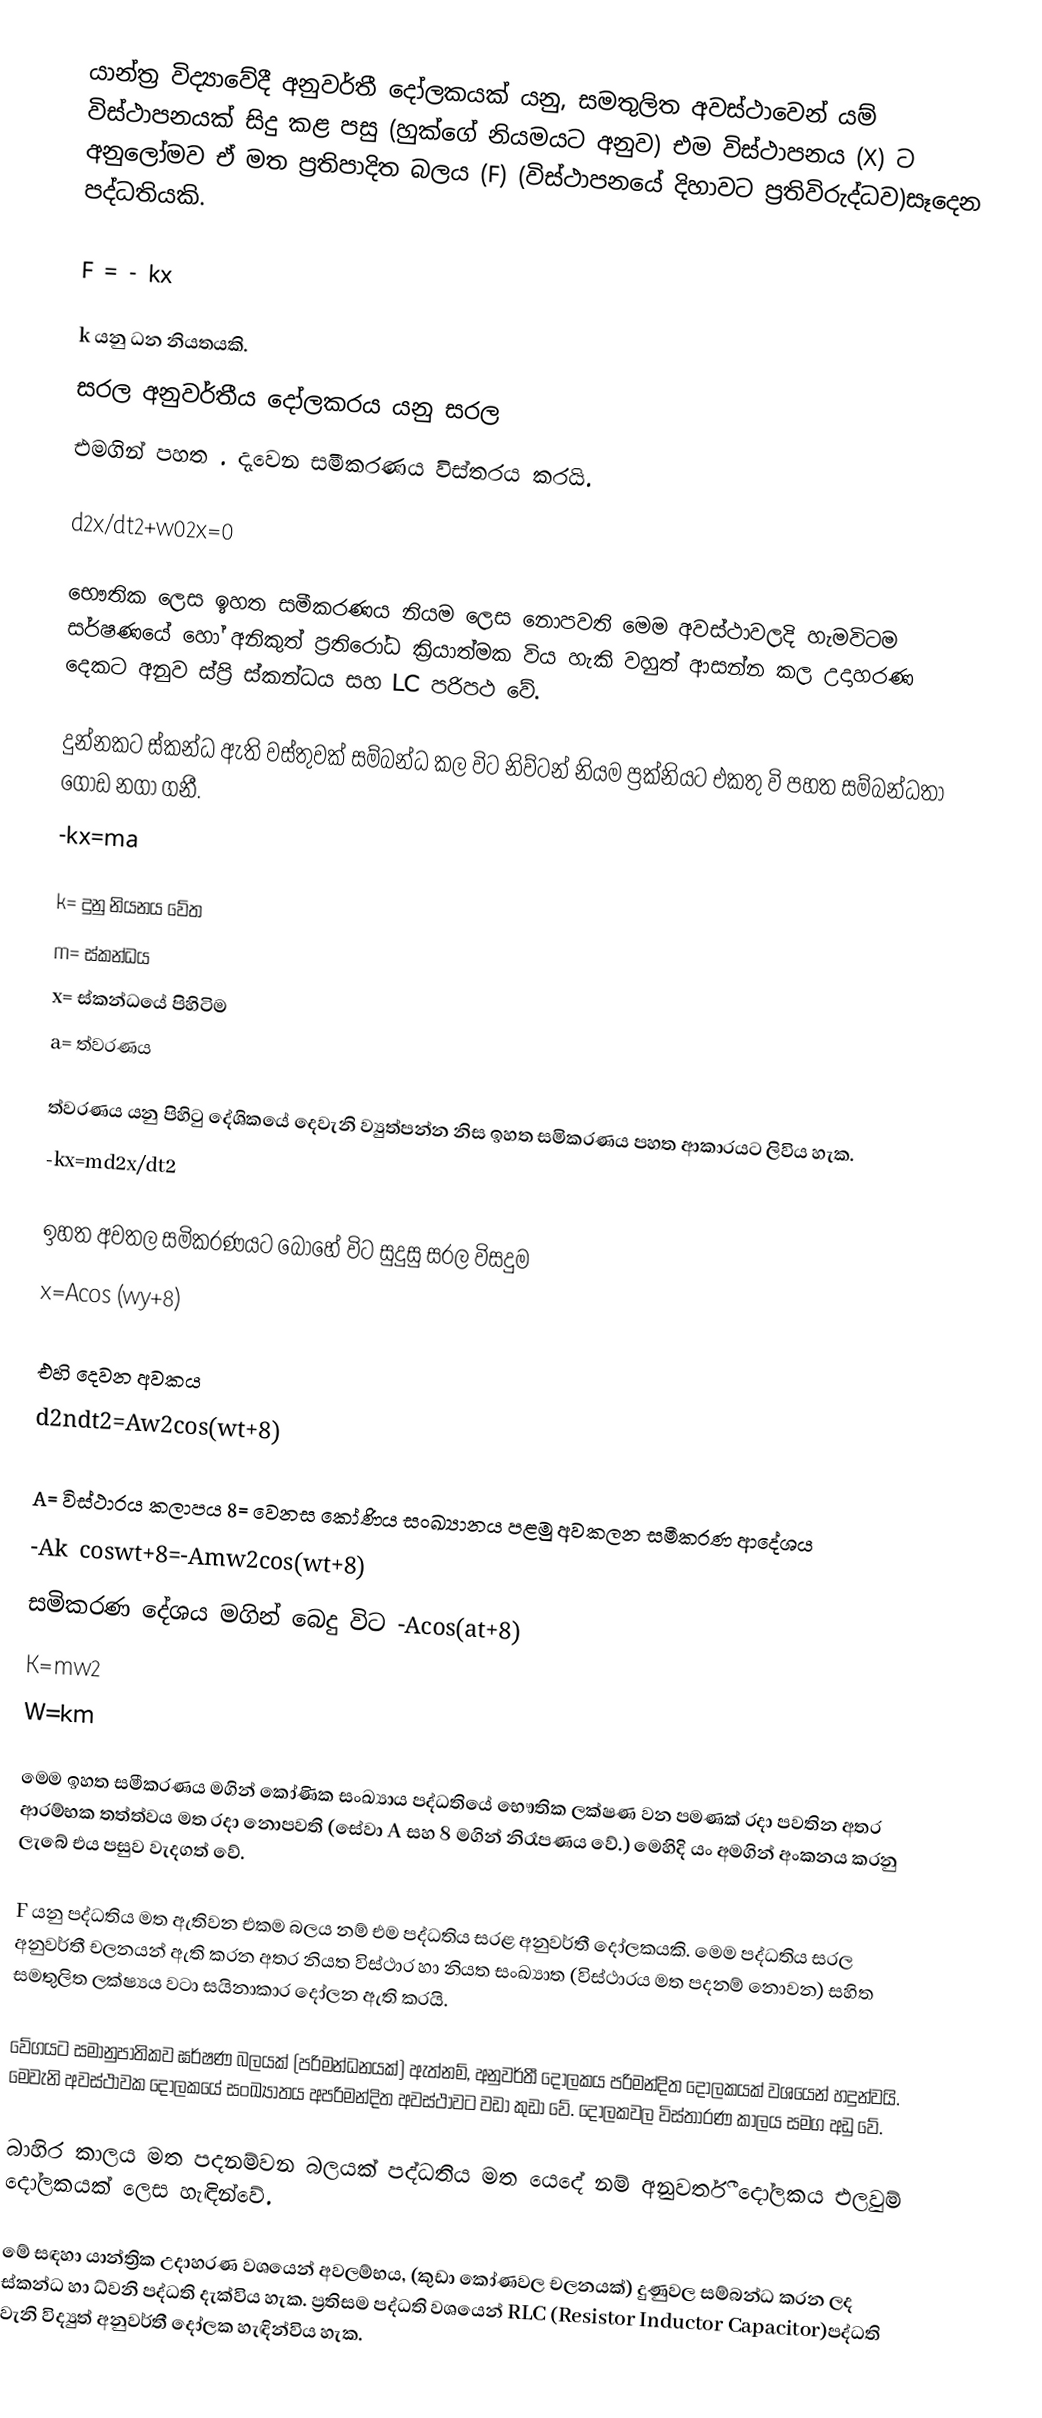
යාන්ත්‍ර ‍විද්‍යාවේදී  අනුවර්තී දෝලකයක් යනු, සමතුලිත අවස්ථාවෙන් යම් විස්ථාපනයක් සිදු කළ පසු (හුක්ගේ නියමයට අනුව) එම විස්ථාපනය (X) ට අනුලෝමව ඒ මත ප්‍රතිපාදිත බලය (F) (විස්ථාපනයේ දිහාවට ප්‍රතිවිරුද්ධව)සෑදෙන පද්ධතියකි.

F = - kx

k යනු ධන නියතයකි.
සරල අනුවර්තීය දෝලකරය යනු සරල
එමගින් පහත . දැවෙන සමීකරණය විස්තරය කරයි.

d2x/dt2+w02x=0

භෞතික ලෙස ඉහත සමීකරණය නියම ලෙස නොපවති මෙම අවස්ථාවලදි හැමවිටම සර්ෂණයේ හෝ අනිකුත් ප්‍රතිරෝධ ක්‍රියාත්මක විය හැකි වහුත් ආසන්න කල උදාහරණ දෙකට අනුව ස්ප්‍රි ස්කන්ධය සහ LC   පරිපථ වේ.

දුන්නකට ස්කන්ධ ඇති වස්තුවක් සම්බන්ධ කල විට නිව්ටන් නියම ප්‍රක්නියට එකතු වි පහත සම්බන්ධතා ගොඩ නගා ගනී.
-kx=ma

k=   දුනු නියනය වේත
m=   ස්කන්ධය
x=   ස්කන්ධයේ පිහිටිම
a=   ත්වරණය

ත්වරණය යනු   පිහිටු දේශිකයේ දෙවැනි ව්‍යුත්පන්න නිස ඉහත සමිකරණය පහත ආකාරයට ලිවිය හැක.
-kx=md2x/dt2

ඉහත අවතල සමිකරණයට බොහේ විට සුදුසු සරල විසදුම
x=Acos (wy+8)

එහි දෙවන අවකය
d2ndt2=Aw2cos⁡(wt+8)

A=   විස්ථාරය කලාපය 8=   වෙනස කෝණිය සංඛ්‍යානය පළමු අවකලන සමීකරණ ආදේශ‍ය
-Ak coswt+8=-Amw2cos⁡(wt+8)
සමිකරණ දේශය මගින් බෙදු විට -Acos(at+8)
K=mw2
W=km

මෙම ඉහත සමීකරණය මගින් කෝණික සංඛ්‍යාය පද්ධතියේ භෞතික ලක්ෂණ වන පමණක් රදා පවතින අතර ආරම්භක තත්ත්වය මත රදා නොපවති (සේවා   A සහ  8 මගින් නිරෑපණය වේ.) මෙහිදි යං අමගින් අංකනය කරනු ලැබේ එය පසුව වැදගත් වේ.

F යනු පද්ධතිය මත ඇතිවන එකම බලය නම් එම පද්ධතිය සරළ අනුවර්තී දෝලකයකි. මෙම පද්ධතිය සරල අනුවර්තී චලනයන් ඇති කරන අතර නියත විස්ථාර හා නියත සංඛ්‍යාත (විස්ථාරය මත පදනම් නොවන) සහිත සමතුලිත ලක්ෂ්‍යය වටා‍ සයිනාකාර දෝලන ඇති කරයි.

වේගයට සමානුපාතිකව ඝර්ෂණ බලයක් (පරිමන්ධනයක්) ඇත්නම්, අනුවර්තී දෝලකය පරිමන්දිත දෝලකයක් වශයෙන් හදුන්වයි. මෙවැනි අවස්ථාවක දෝලකයේ සංඛ්‍යාතය අපරිමන්දිත අවස්ථාවට වඩා කුඩා වේ. දෝලකවල විස්තාරණ කාලය සමග අඩු වේ.

බාහිර කාලය  මත පදනම්වන බලයක් පද්ධතිය මත යෙදේ නම් අනුවර්තී දෝලකය එලවුම් දෝලකයක් ලෙස හැඳින්වේ.

මේ සඳහා යාන්ත්‍රික උදාහරණ වශයෙන් අවලම්භය, (කුඩා කෝණවල චලනයක්) දුණුවල සම්බන්ධ කරන ලද ස්කන්ධ හා ධ්වනි පද්ධති දැක්විය හැක. ප්‍රතිසම පද්ධති වශයෙන් RLC (Resistor Inductor Capacitor)පද්ධති වැනි විද්‍යුත් අනුවර්තී දෝලක හැඳින්විය හැක.